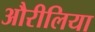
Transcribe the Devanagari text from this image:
औरीलिया